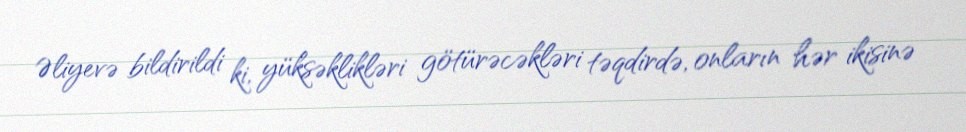
Əliyevə bildirildi ki, yüksəklikləri götürəcəkləri təqdirdə, onların hər ikisinə